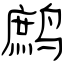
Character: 鹧